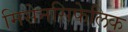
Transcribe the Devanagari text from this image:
मिसेनसिफेलिक